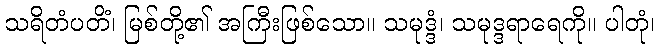
သရိတံပတိံ၊ မြစ်တို့၏ အကြီးဖြစ်သော။ သမုဒ္ဒံ၊ သမုဒ္ဒရာရေကို။ ပါတုံ၊